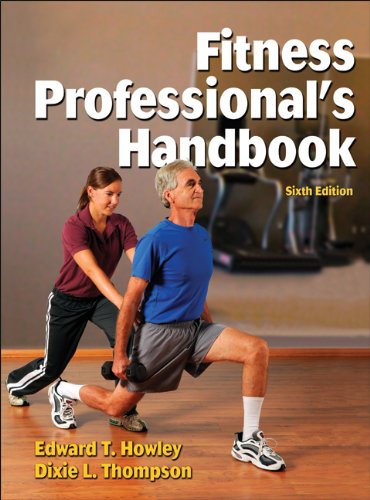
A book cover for Fitness Professional's Handbook-6th Edition; Health, Fitness & Dieting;